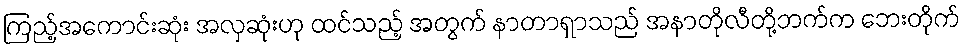
ကြည့်အကောင်းဆုံး အလှဆုံးဟု ထင်သည့် အတွက် နာတာရှာသည် အနာတိုလီတို့ဘက်က ဘေးတိုက်